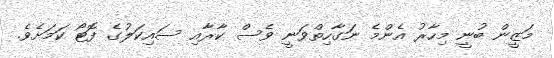
މަޒީން ބުނީ މިހާރު އެންމެ ނަގާހިތްވަނީ ވެސް ކާރާއި ސައިކަލުގެ ފޮޓޯ ކަމަށެވެ.